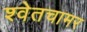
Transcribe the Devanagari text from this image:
श्वेतचामर